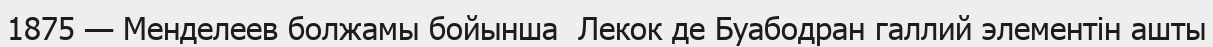
1875 — Менделеев болжамы бойынша  Лекок де Буабодран галлий элементін ашты